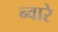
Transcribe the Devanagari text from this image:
न्वारे